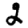
Digit: 2